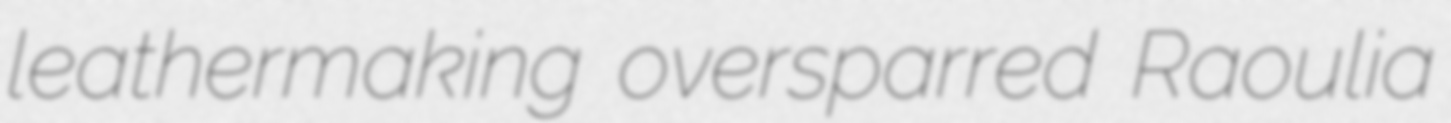
leathermaking oversparred Raoulia